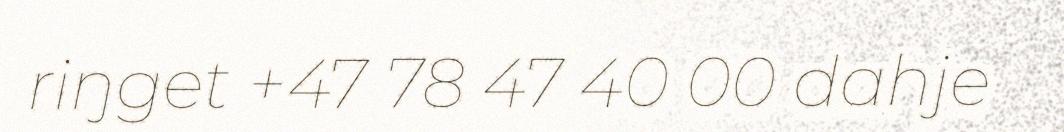
riŋget +47 78 47 40 00 dahje